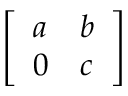
\left[ \begin{array} { l l } { a } & { b } \\ { 0 } & { c } \end{array} \right]